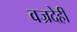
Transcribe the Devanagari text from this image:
वज्रदेही